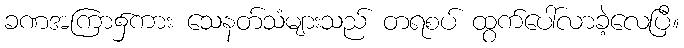
ခဏအကြာ၌ကား သေနတ်သံများသည် တရစပ် ထွက်ပေါ်လာခဲ့လေပြီ။